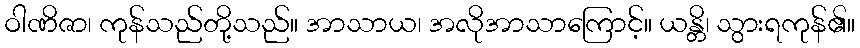
ဝါဏိဇာ၊ ကုန်သည်တို့သည်။ အာသာယ၊ အလိုအာသာကြောင့်။ ယန္တိ၊ သွားရကုန်၏။